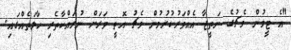
"އެ ޓީމުން މެޗުގެ ނަތީޖާ އެއްވަރުކުރުމުން މެޗު އޮތީ ވަރަށް ނުރައްކާތެރި ހާލަތެއްގައި.